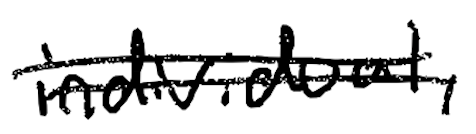
Text: individual,
Cross-out: double-line
Writing tool: digital_black